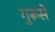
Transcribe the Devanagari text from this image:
गुरूसे